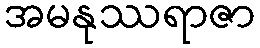
အမနုဿရာဇာ